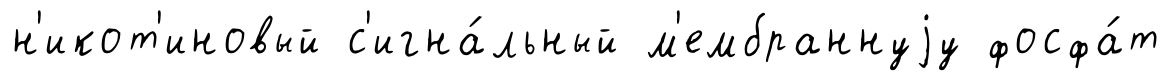
н'икот'иновый с'игна́льный м'ембраннуjу фосфа́т